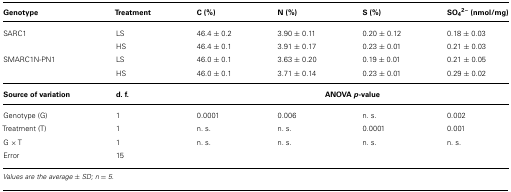
| Genotype | Treatment | C (%) | N (%) | S (%) | SO42- (nmol/mg) |
 | --- | --- | --- | --- | --- | --- |
 | SARC1 | LS | 46.4 ± 0.2 | 3.90 ± 0.11 | 0.20 ± 0.12 | 0.18 ± 0.03 |
 |  | HS | 46.4 ± 0.1 | 3.91 ± 0.17 | 0.23 ± 0.01 | 0.21 ± 0.03 |
 | SMARC1N-PN1 | LS | 46.0 ± 0.1 | 3.63 ± 0.20 | 0.19 ± 0.01 | 0.21 ± 0.05 |
 |  | HS | 46.0 ± 0.1 | 3.71 ± 0.14 | 0.23 ± 0.01 | 0.29 ± 0.02 |
 | Source of variation | d. f. | <COLSPAN=4> ANOVA p-value |
 | Genotype (G) | 1 | 0.0001 | 0.006 | n. s. | 0.002 |
 | Treatment (T) | 1 | n. s. | n. s. | 0.0001 | 0.001 |
 | G × T | 1 | n. s. | n. s. | n. s. | n. s. |
 | Error | 15 |  |  |  |  |